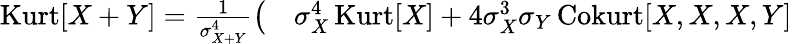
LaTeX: \begin{array}{rl}{\operatorname{Kurt}[X+Y]={\frac{1}{\sigma_{X+Y}^{4}}}{\big(}}&{{}\sigma_{X}^{4}\operatorname{Kurt}[X]+4\sigma_{X}^{3}\sigma_{Y}\operatorname{Cokurt}[X,X,X,Y]}\end{array}